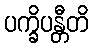
ပက္ခိပန္တီတိ